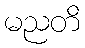
မညတိ